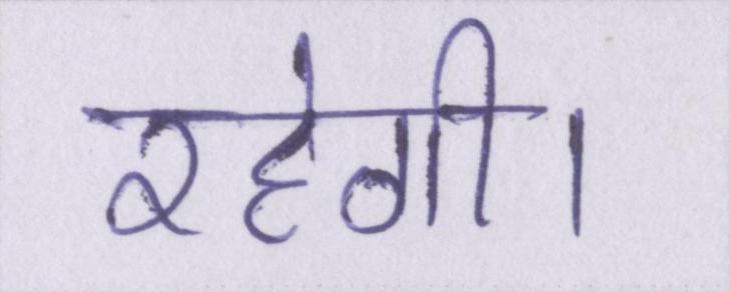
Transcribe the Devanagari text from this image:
रहेगी।